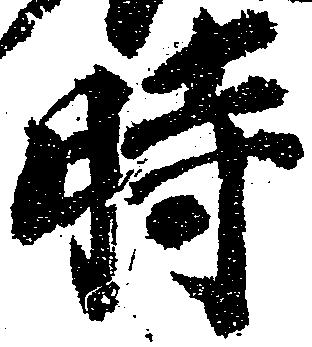
時